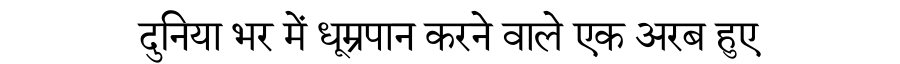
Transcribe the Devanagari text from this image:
दुनिया भर में धूम्रपान करने वाले एक अरब हुए